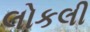
લોકલી